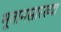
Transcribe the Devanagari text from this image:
भूतानसारख्या